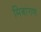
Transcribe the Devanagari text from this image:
मित्रांगण